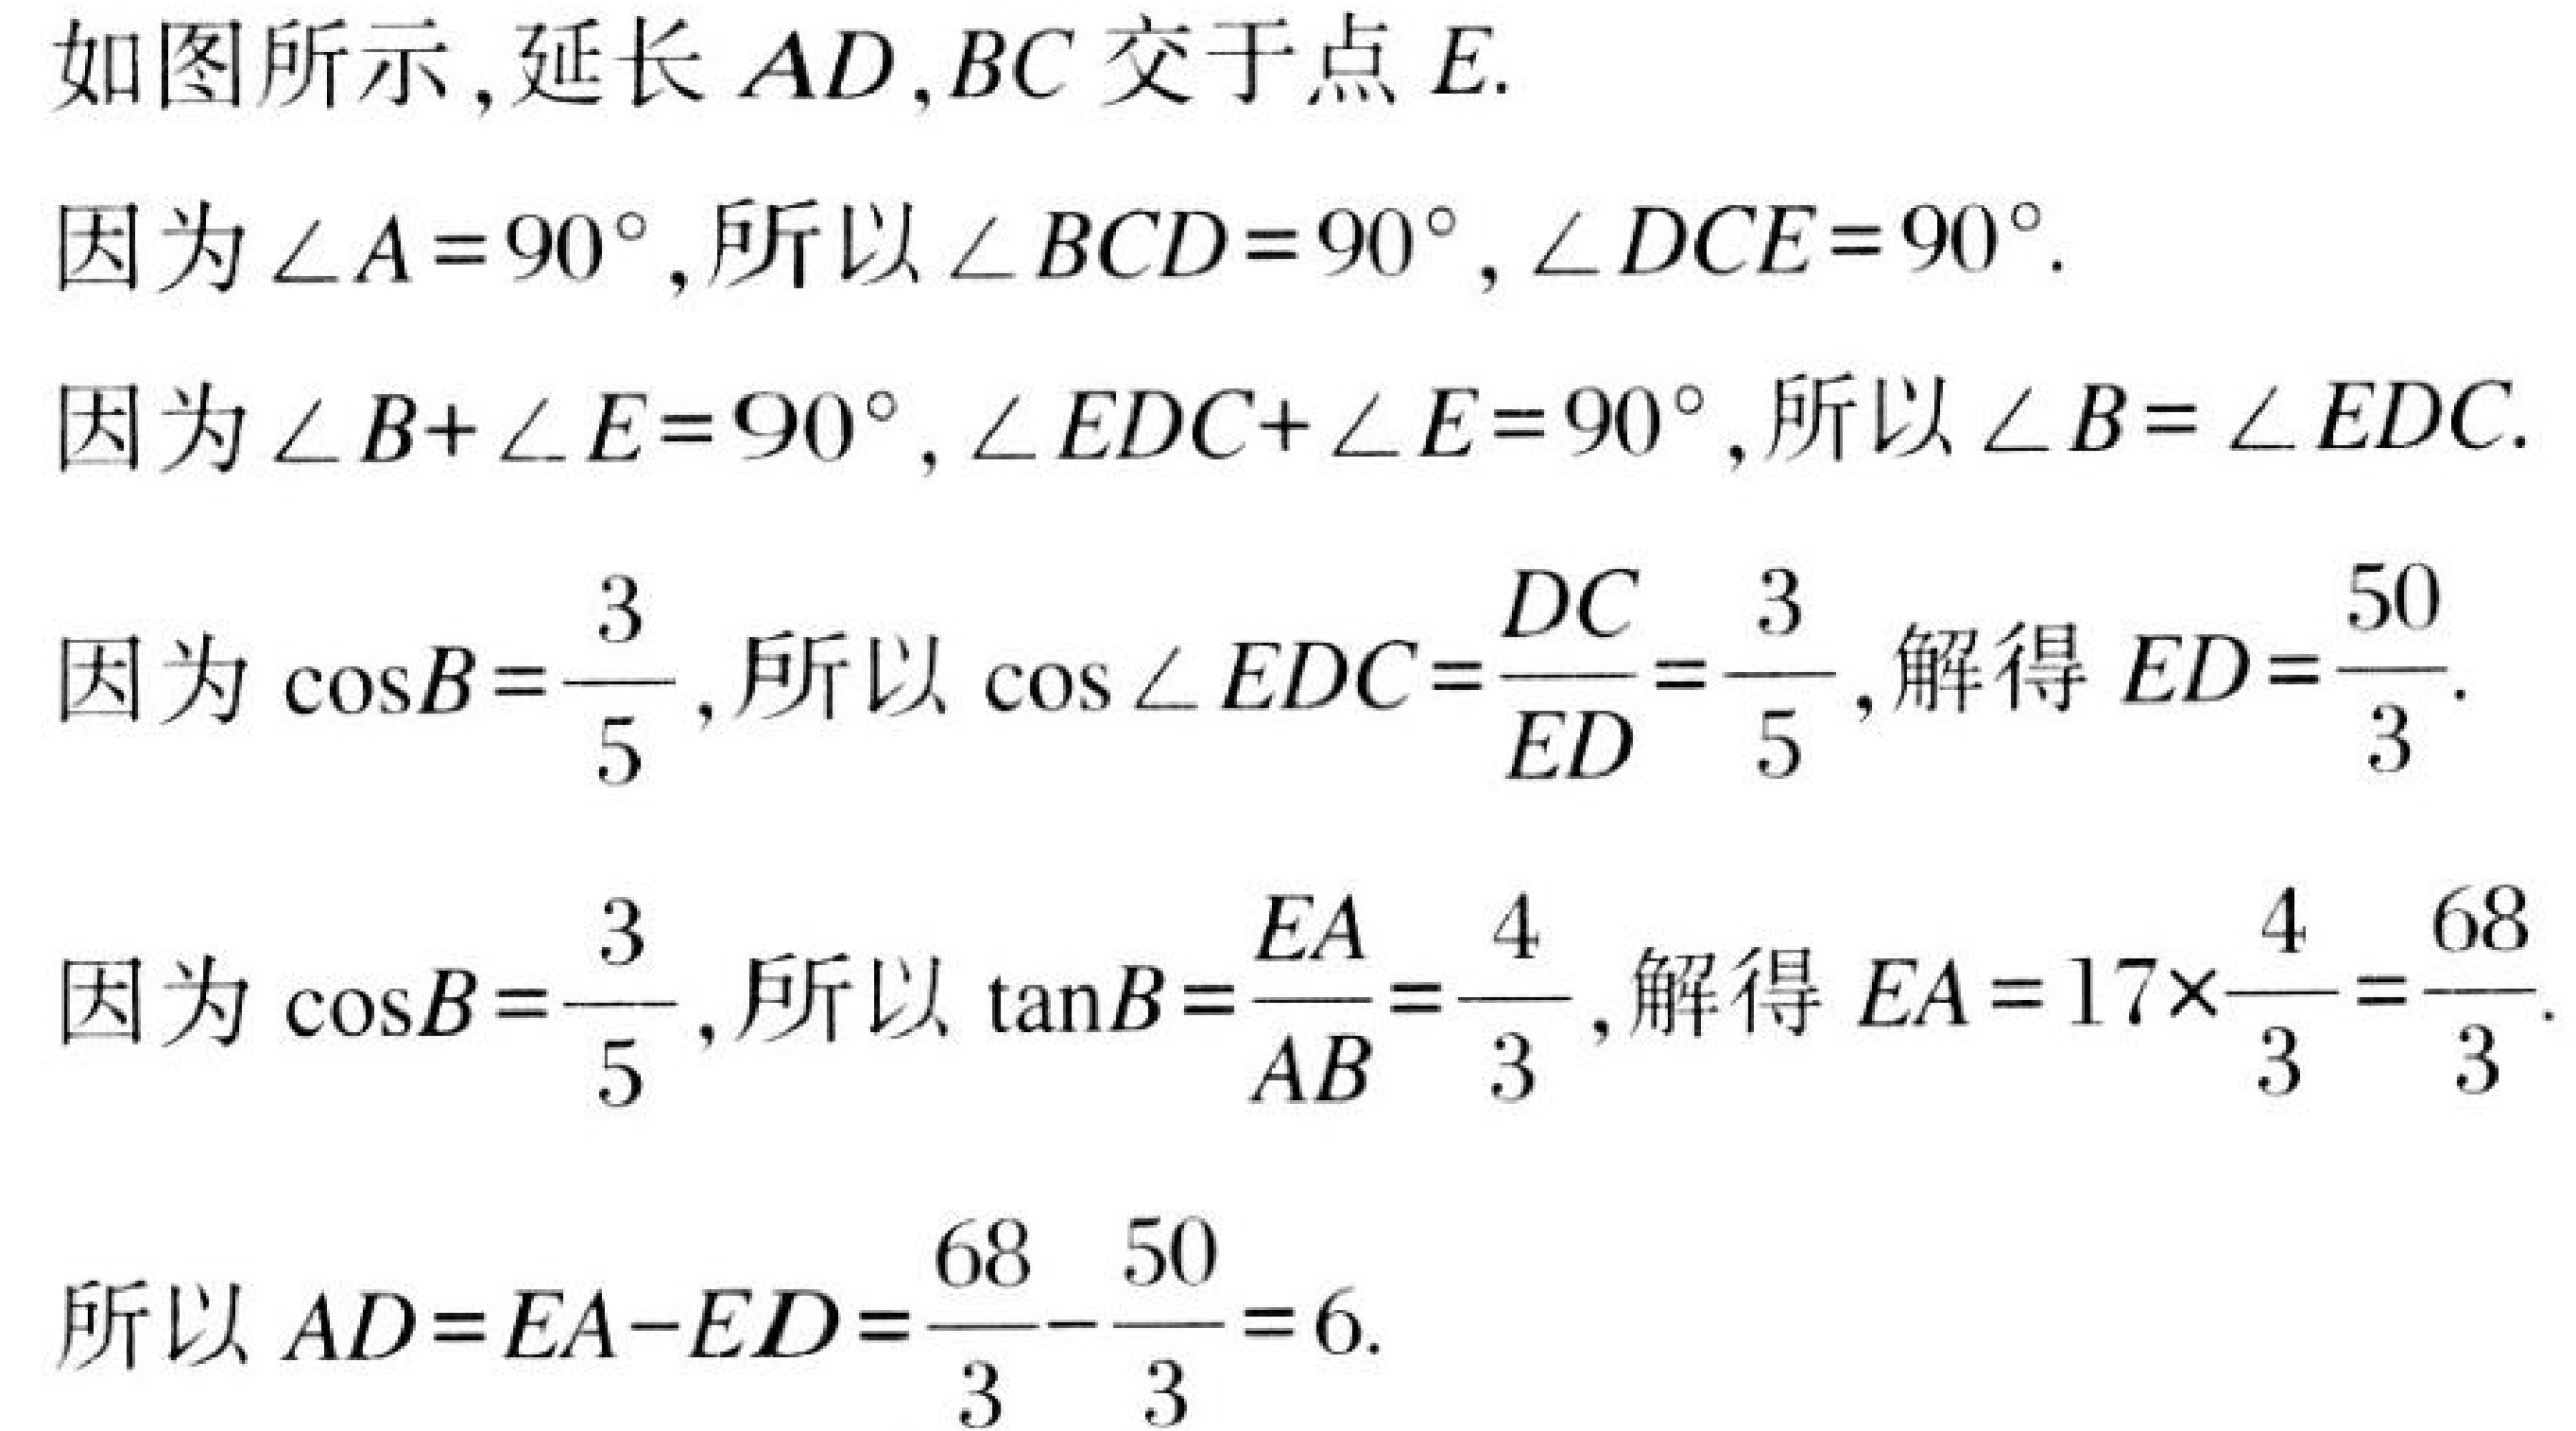
如图所示,延长 \(AD,BC\) 交于点 \(E\).
因为 \(\angle A = 90^{\circ}\),所以 \(\angle BCD = 90^{\circ}, \angle DCE = 90^{\circ}\).
因为 \(\angle B+\angle E = 90^{\circ}, \angle EDC+\angle E = 90^{\circ}\),所以 \(\angle B = \angle EDC\).
因为 \(\cos B=\frac{3}{5}\),所以 \(\cos\angle EDC=\frac{DC}{ED}=\frac{3}{5}\),解得 \(ED = \frac{50}{3}\).
因为 \(\cos B=\frac{3}{5}\),所以 \(\tan B=\frac{EA}{AB}=\frac{4}{3}\),解得 \(EA = 17\times\frac{4}{3}=\frac{68}{3}\).
所以 \(AD = EA - ED=\frac{68}{3}-\frac{50}{3}=6\).